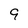
Character: 9